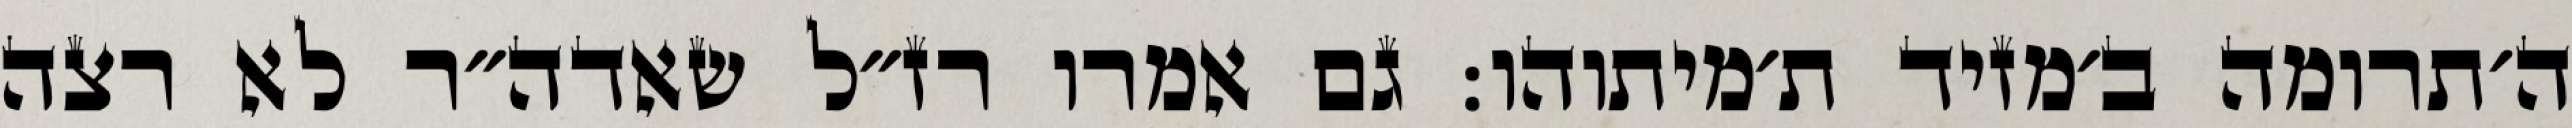
ה׳תרומה ב׳מזיד ת׳מיתוהו: גם אמרו רז״ל שאדה״ר לא רצה